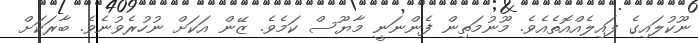
ނޫކުލައިގެ ފައިލެއްއޮތެއެވެ. މޫނުމަތިން ފެންނަނީ މާޔޫސް ކަމެވެ. ޒޭން އަކަށް ނުހުރެވުނެވެ. ބާރަކަށް